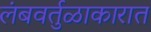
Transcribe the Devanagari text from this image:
लंबवर्तुळाकारात